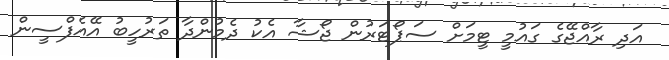
އަދި ރާއްޖޭގެ ގައުމީ ޓީމަށް ސަޕޯޓަރުން ޖޯޝާ އެކު ދެމުންދާ ތަރުހީބު އޭއެފްސީން